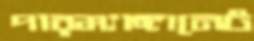
পারম্যাঙ্গানেট